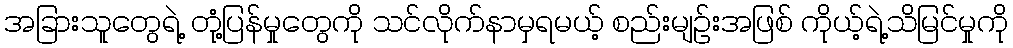
အခြားသူတွေရဲ့ တုံ့ပြန်မှုတွေကို သင်လိုက်နာမှရမယ့် စည်းမျဉ်းအဖြစ် ကိုယ့်ရဲ့သိမြင်မှုကို